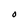
Character: O